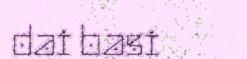
dai basi